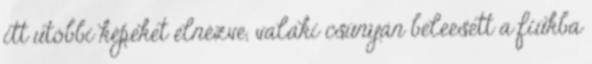
itt utóbbi képeket elnézve, valaki csúnyán beleesett a fiúkba